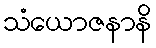
သံယောဇနာနိ